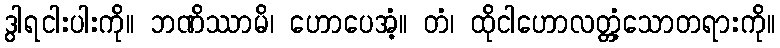
ဒွါရငါးပါးကို။ ဘဏိဿာမိ၊ ဟောပေအံ့။ တံ၊ ထိုငါဟောလတ္တံ့သောတရားကို။